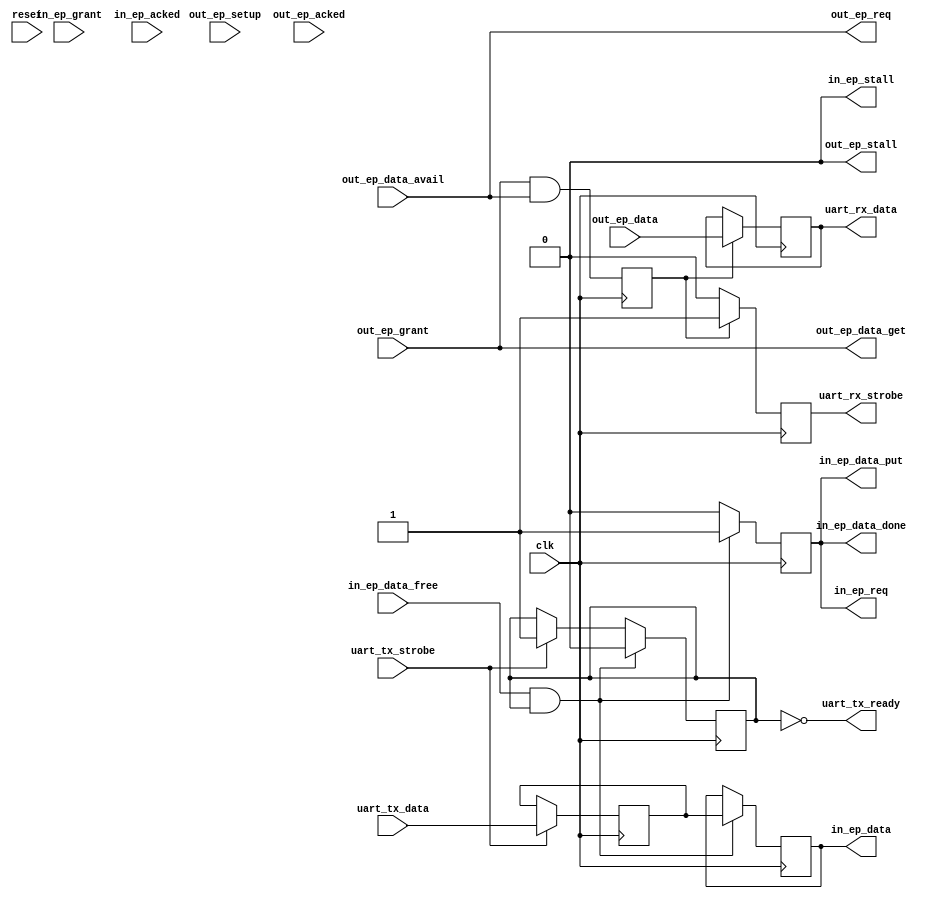
module usb_serial_ep (
  input clk,
  input reset,


  ////////////////////
  // out endpoint interface
  ////////////////////
  output out_ep_req,
  input out_ep_grant,
  input out_ep_data_avail,
  input out_ep_setup,
  output out_ep_data_get,
  input [7:0] out_ep_data,
  output out_ep_stall,
  input out_ep_acked,


  ////////////////////
  // in endpoint interface
  ////////////////////
  output reg in_ep_req = 0,
  input in_ep_grant,
  input in_ep_data_free,
  output reg in_ep_data_put = 0,
  output reg [7:0] in_ep_data,
  output reg in_ep_data_done = 0,
  output in_ep_stall,
  input in_ep_acked,


  ////////////////////
  // uart interface, runs at clk domain
  ////////////////////
  output uart_tx_ready,
  input [7:0] uart_tx_data,
  input uart_tx_strobe,

  output [7:0] uart_rx_data,
  output reg uart_rx_strobe
);
  // never stall the USB
  // todo: allow backpressure to stall the serial link
  assign out_ep_stall = 1'b0;
  assign in_ep_stall = 1'b0;

  ////////////////////////////////////////////////////////////////////////////////
  // other glue logic
  ////////////////////////////////////////////////////////////////////////////////

  // "Out" from the Host to the FPGA.
  // new bytes are available from the host when the "out" grant goes high
  // and "out" data available.
  // FPGA will always request data when it is available from the host
  // and always signals that it has read it.
  wire out_data_ready = out_ep_grant && out_ep_data_avail;
  assign out_ep_req = out_ep_data_avail;
  assign out_ep_data_get = out_ep_grant; // always ready

  reg out_data_valid;
  reg uart_rx_ready;
  reg [7:0] uart_rx_data;

  always @(posedge clk) begin
	uart_rx_strobe <= 0;
	out_data_valid <= out_data_ready;

	if (out_data_valid) begin
		uart_rx_data <= out_ep_data;
		uart_rx_strobe <= 1;
	end
  end

  // "In" from the FPGA to the Host.
  // when the host says that there is space free in the outbound
  // packet, clock in bytes from the FPGA on the uart_tx_strobe line.

  // the FPGA can send bytes when in "in" grant
  // is high and the "in" data is free.
  wire byte_in_xfr_ready = in_ep_grant && in_ep_data_free;

  reg [7:0] tx_data;
  reg tx_data_valid;
  assign uart_tx_ready = !tx_data_valid;

  always @(posedge clk) begin
	in_ep_data_put <= 0;
	in_ep_req <= 0;
	in_ep_data_done <= 0;
	if (uart_tx_strobe) begin
		tx_data <= uart_tx_data;
		tx_data_valid <= 1;
	end
	if (in_ep_data_free && tx_data_valid) begin
		in_ep_req <= 1;
		in_ep_data_put <= 1;
		in_ep_data_done <= 1;
		in_ep_data <= tx_data;
		tx_data_valid <= 0;
	end
  end

/*
  reg in_ep_req_i = 0;
  always @(posedge clk) in_ep_req_i <= tx_data_valid && in_ep_data_free;
  always @(posedge clk) in_ep_req <= in_ep_req_i;
  //always @(posedge clk) in_ep_data_put <= tx_data_valid;

  // how do we know if we're done?
  // todo: figure out how to packetize the data or use a
  // fifo to keep things fed
  reg in_ep_data_done_i = 1;
  reg in_ep_data_done_q = 0;
  always @(posedge clk) in_ep_data_done_q <= in_ep_data_done_i;
  always @(posedge clk) in_ep_data_done <= in_ep_data_done_q;
*/

endmodule